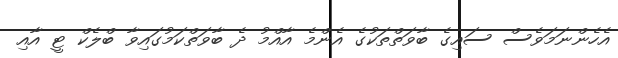
އެހެންނަމަވެސް ސައިގެ ބާވަތްތަކުގެ އެންމެ އާއްމު ދެ ބާވަތްކަމުގައިވާ ބްލެކް ޓީ އާއި